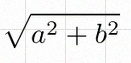
\sqrt{a^2+b^2}